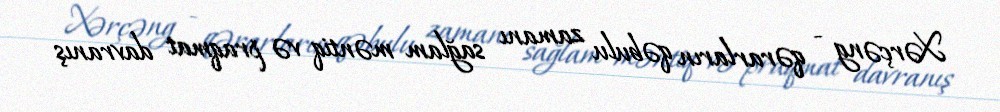
Xərçəng - qərarların qəbulu zamanı sağlam məntiq və praqmat davranış